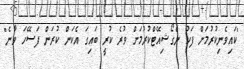
"ކައިވެނިކުރުމަށް ފަހު ނެގޯޝިއޭޓްކުރުމަށް ވުރެ ކުރީ ބައިގަ އެކަން ކުރަން ފަސޭހަ ވާނެ"